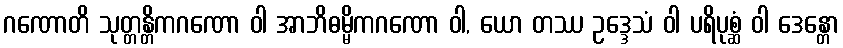
ဂဏောတိ သုတ္တန္တိကဂဏော ဝါ အာဘိဓမ္မိကဂဏော ဝါ, ယော တဿ ဥဒ္ဒေသံ ဝါ ပရိပုစ္ဆံ ဝါ ဒေန္တော